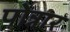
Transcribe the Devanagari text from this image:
पोन्नार